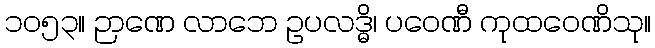
၁၀၅၃။ ဉာဏေ လာဘေ ဥပလဒ္ဓိ၊ ပဝေဏီ ကုထဝေဏိသု။